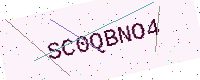
Text: SC0QBNO4